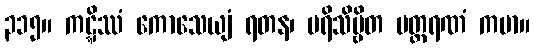
၃၁၅။ ကဋ္ဋိဿံ ကောသေယျံ ရတန၊ ပရိသိဗ္ဗိတ မတ္ထရဏံ ကမာ။